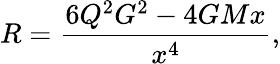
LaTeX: R=\frac{6{Q}^{2}G^{2}-4GMx}{x^{4}},